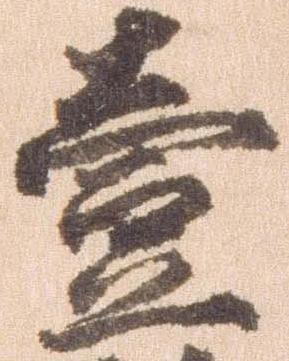
壱